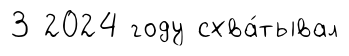
3 2024 году схва́тывал